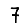
Digit: 7